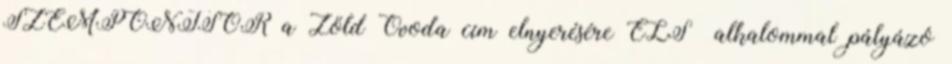
SZEMPONTSOR a Zöld Óvoda cím elnyerésére ELSİ alkalommal pályázó